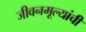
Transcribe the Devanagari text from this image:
जीवनमूल्यांची